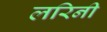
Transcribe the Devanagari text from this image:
लरिनी